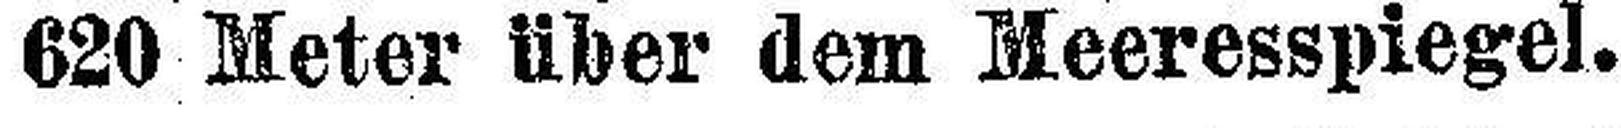
620 Meter über dem Meeresspiegel.